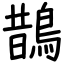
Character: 鵲